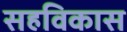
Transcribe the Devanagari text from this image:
सहविकास